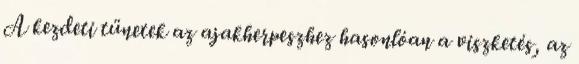
A kezdeti tünetek az ajakherpeszhez hasonlóan a viszketés, az